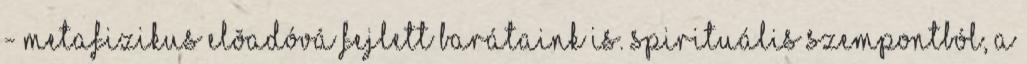
- metafizikus elõadóvá fejlett barátaink is. Spirituális szempontból, a